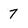
Character: 7